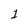
Character: 1